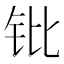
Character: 𬬫